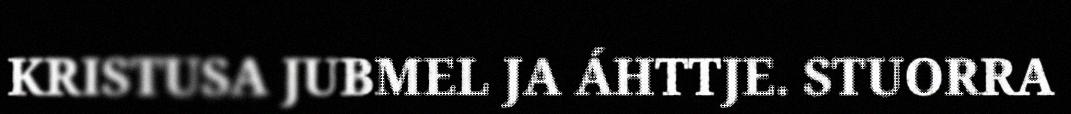
KRISTUSA JUBMEL JA ÁHTTJE. STUORRA